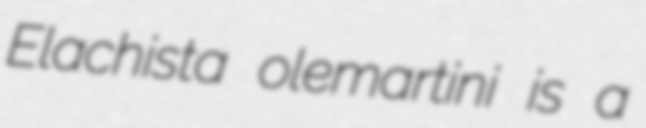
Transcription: Elachista olemartini is a